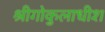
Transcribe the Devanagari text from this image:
श्रीगोकुलाधीश